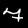
Label: 7